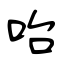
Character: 咍